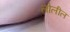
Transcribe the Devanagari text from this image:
लोलील